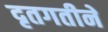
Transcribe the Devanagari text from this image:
दृतगतीने